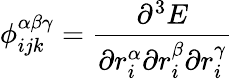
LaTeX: \phi_{ijk}^{\alpha\beta\gamma}=\frac{\partial^{3}E}{{\partial}r_{i}^{\alpha}{\partial}r_{i}^{\beta}{\partial}r_{i}^{\gamma}}